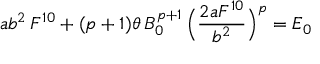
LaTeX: a b ^ { 2 } \, F ^ { 1 0 } + ( p + 1 ) \theta \, B _ { 0 } ^ { p + 1 } \, \Bigl ( \frac { 2 a F ^ { 1 0 } } { b ^ { 2 } } \Bigr ) ^ { p } = E _ { 0 }